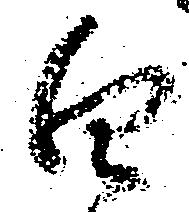
白